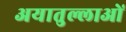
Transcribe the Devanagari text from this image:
अयातुल्लाओं